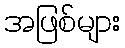
အဖြစ်များ